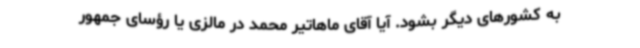
به کشورهای دیگر بشود. آیا آقای ماهاتیر محمد در مالزی یا رؤسای جمهور